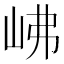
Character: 𡶒